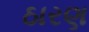
ઠારણ